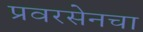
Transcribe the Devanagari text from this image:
प्रवरसेनचा